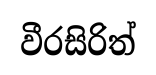
වීරසිරිත්